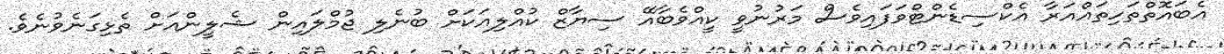
އެބައޮތްތަހިތައްއަރާ އެކްސިޑެންޓްވަފައިވެސް މަރުނުވީ ކީއްވެބާއޭ ސިޔާޒް ކުއްލިއަކަށް ބުނެލި ޖުމްލައިން ޝެލީންއަށް ތެޅިގަނެވުނެވެ.